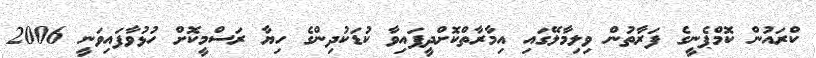
ކްރައުން ކޮމްޕެނީގެ ފަރާތުން ވިލިމާލޭގައި އިމާރާތްކޮށްދީފައިވާ ކުޑަކުދިންގެ ހިޔާ ރަސްމީކޮށް ހުޅުވާފައިވަނީ 2006